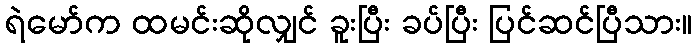
ရဲမော်က ထမင်းဆိုလျှင် ခူးပြီး ခပ်ပြီး ပြင်ဆင်ပြီသား။